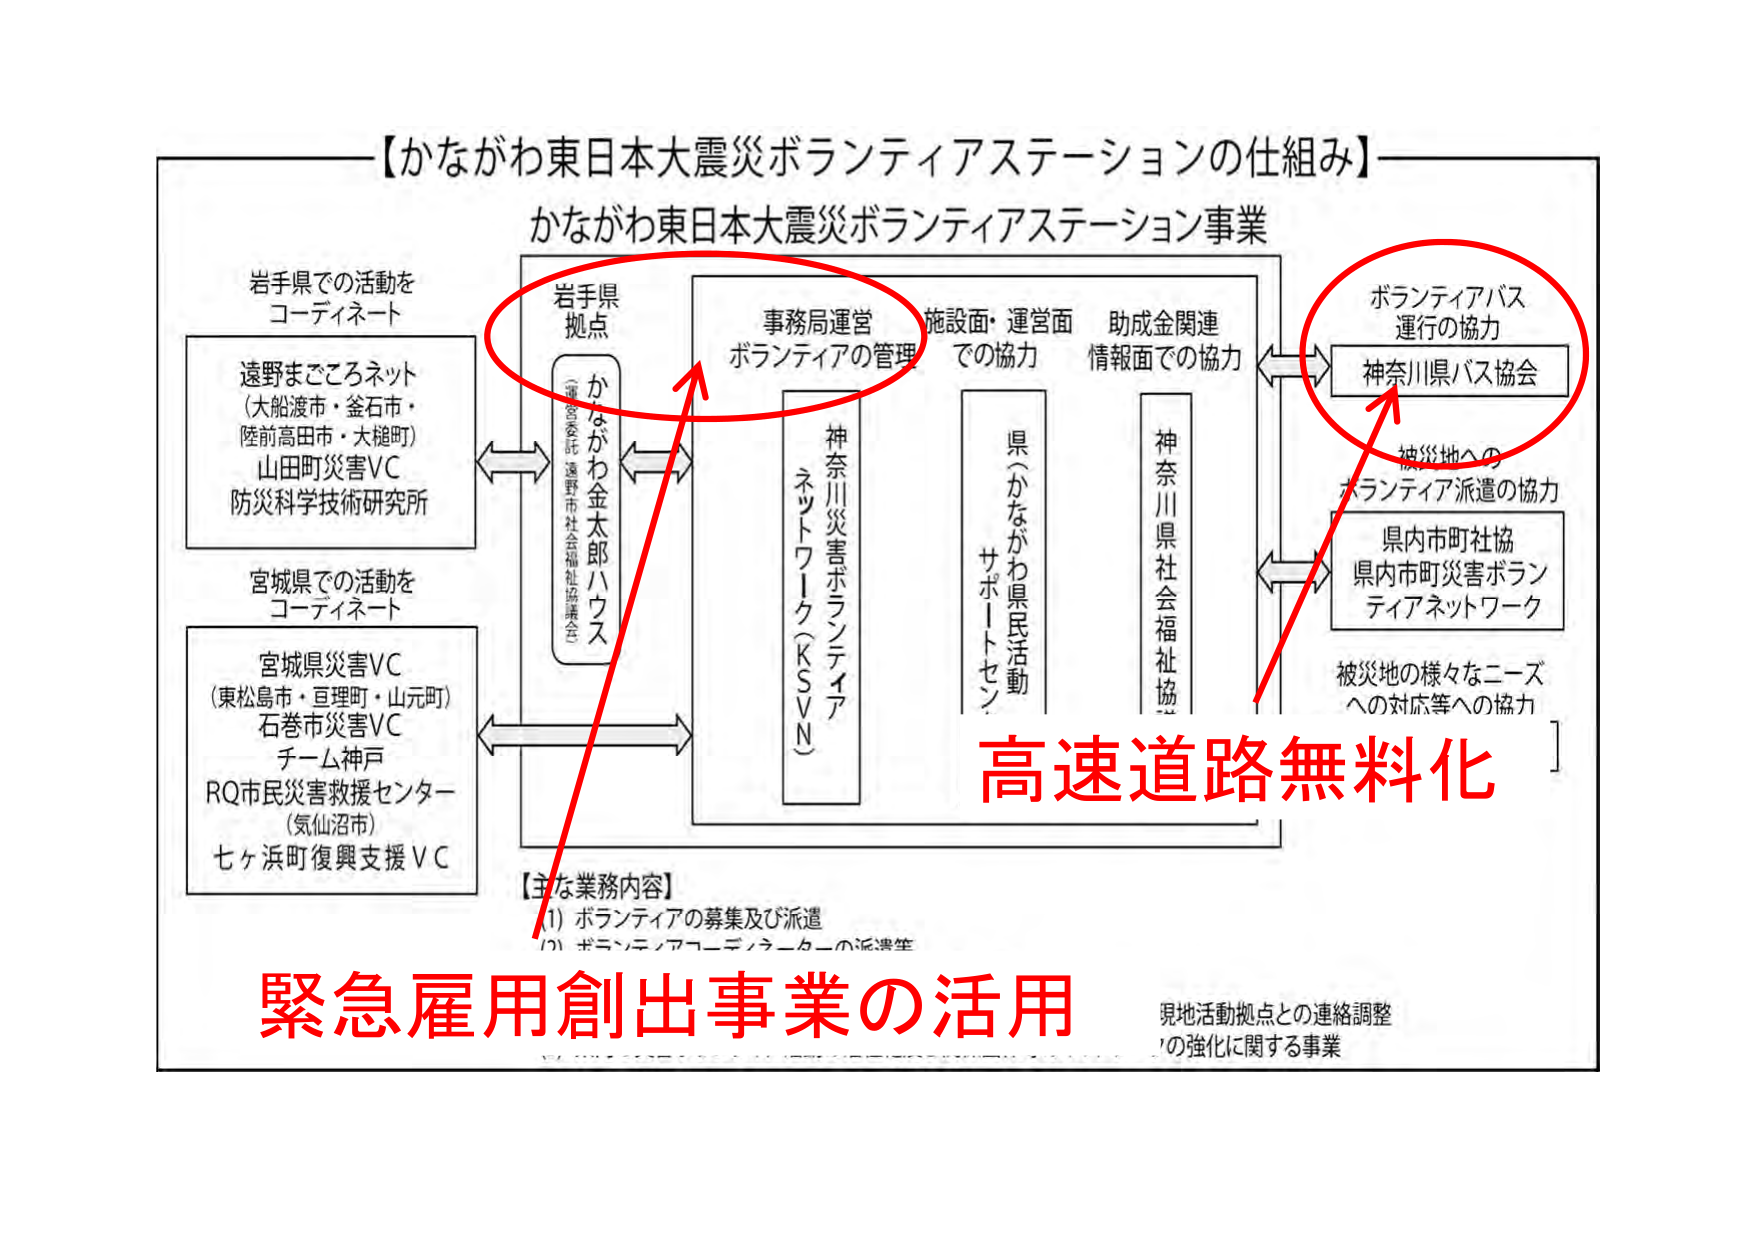
【かながわ東日本大震災ボランティアステーションの仕組み】

かながわ東日本大震災ボランティアステーション事業

岩手県での活動を
コーディネート
遠野まごころネット
（大船渡市・釜石市・
陸前高田市・大槌町）
山田町災害VC
防災科学技術研究所

宮城県での活動を
コーディネート
宮城県災害VC
（東松島市・亘理町・山元町）
石巻市災害VC
チーム神戸
RQ市民災害救援センター
（気仙沼市）
七ヶ浜町復興支援VC

岩手県
拠点
かながわ金太郎ハウス
（運営委託：遠野市社会福祉協議会）

事務局運営
ボランティアの管理

神奈川災害ボランティア
ネットワーク（KSVN）

施設面・運営面
での協力

県（かながわ県民活動
サポートセンター）

助成金関連
情報面での協力

神奈川県社会福祉協議会

ボランティアバス
運行の協力
神奈川県バス協会

被災地への
ボランティア派遣の協力

県内市町社協
県内市町災害ボランティアネットワーク

被災地の様々なニーズ
への対応等への協力

【主な業務内容】
(1) ボランティアの募集及び派遣
(2) ボランティアコーディネーターの派遣等

緊急雇用創出事業の活用

高速道路無料化

現地活動拠点との連絡調整
の強化に関する事業